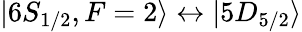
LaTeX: \lvert 6S_{1/2},F=2\rangle\leftrightarrow\lvert 5D_{5/2}\rangle